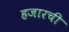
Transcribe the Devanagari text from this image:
हजारची